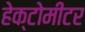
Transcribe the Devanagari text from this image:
हेक्टोमीटर